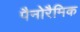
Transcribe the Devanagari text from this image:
पैनोरैमिक